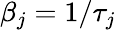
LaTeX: \beta_{j}=1/\tau_{j}